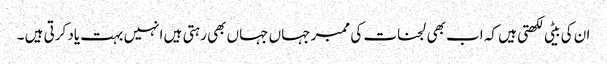
ان کی بیٹی لکھتی ہیں کہ اب بھی لجنات کی ممبر جہاں جہاں بھی رہتی ہیں انہیں بہت یاد کرتی ہیں ۔